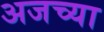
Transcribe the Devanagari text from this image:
अजच्या